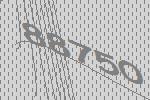
88750